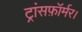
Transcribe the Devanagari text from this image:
ट्रांसफ़ॉर्मर।